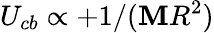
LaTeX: U_{cb}\propto+1/(\mathbf{M}R^{2})